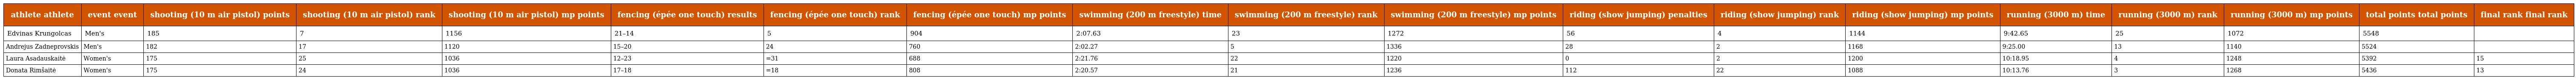
| athlete athlete | event event | shooting (10 m air pistol) points | shooting (10 m air pistol) rank | shooting (10 m air pistol) mp points | fencing (épée one touch) results | fencing (épée one touch) rank | fencing (épée one touch) mp points | swimming (200 m freestyle) time | swimming (200 m freestyle) rank | swimming (200 m freestyle) mp points | riding (show jumping) penalties | riding (show jumping) rank | riding (show jumping) mp points | running (3000 m) time | running (3000 m) rank | running (3000 m) mp points | total points total points | final rank final rank |
 | --- | --- | --- | --- | --- | --- | --- | --- | --- | --- | --- | --- | --- | --- | --- | --- | --- | --- | --- |
 | Edvinas Krungolcas | Men's | 185 | 7 | 1156 | 21–14 | 5 | 904 | 2:07.63 | 23 | 1272 | 56 | 4 | 1144 | 9:42.65 | 25 | 1072 | 5548 |  |
 | Andrejus Zadneprovskis | Men's | 182 | 17 | 1120 | 15–20 | 24 | 760 | 2:02.27 | 5 | 1336 | 28 | 2 | 1168 | 9:25.00 | 13 | 1140 | 5524 |  |
 | Laura Asadauskaitė | Women's | 175 | 25 | 1036 | 12–23 | =31 | 688 | 2:21.76 | 22 | 1220 | 0 | 2 | 1200 | 10:18.95 | 4 | 1248 | 5392 | 15 |
 | Donata Rimšaitė | Women's | 175 | 24 | 1036 | 17–18 | =18 | 808 | 2:20.57 | 21 | 1236 | 112 | 22 | 1088 | 10:13.76 | 3 | 1268 | 5436 | 13 |